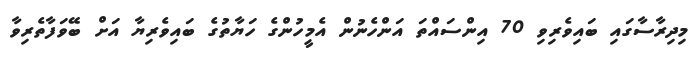
މިދިރާސާގައި ބައިވެރިވި 70 އިންސައްތަ އަންހެނުން އެމީހުންގެ ހަޔާތުގެ ބައިވެރިޔާ އަށް ބޭވަފާތެރިވާ